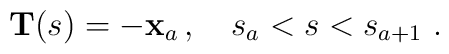
{\bf T}(s) = -{\bf x}_a \, , \quad s_a < s < s_{a+1} \,\, .